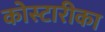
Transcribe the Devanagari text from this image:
कोस्टारीका